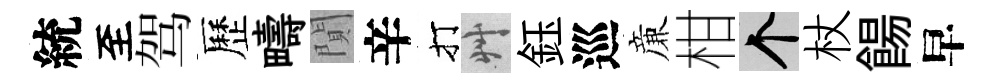
統至驾歷疇閴辛打艸鈺巡亷柑个杖餳早